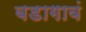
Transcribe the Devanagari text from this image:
बडागावं